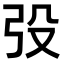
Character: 𭚧